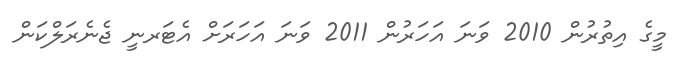
މީގެ އިތުރުން 2010 ވަނަ އަހަރުން 2011 ވަނަ އަހަރަށް އެޓަރނީ ޖެނެރަލްކަން